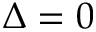
\Delta = 0